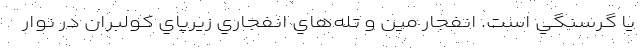
يا گرسنگي است. انفجار مين و تله‌هاي انفجاري زيرپاي كولبران در نوار